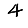
Digit: 4